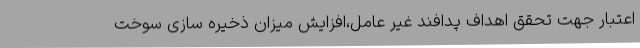
اعتبار جهت تحقق اهداف پدافند غیر عامل،افزایش میزان ذخیره سازی سوخت